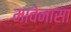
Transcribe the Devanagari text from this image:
मावेनासा